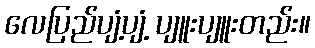
လေပြည်ပျံ့ပျံ့ ပျူးပျူးတည်း။